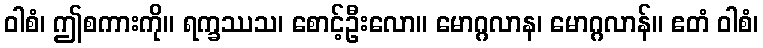
ဝါစံ၊ ဤစကားကို။ ရက္ခဿသ၊ စောင့်ဦးလော။ မောဂ္ဂလာန၊ မောဂ္ဂလာန်။ ဧတံ ဝါစံ၊